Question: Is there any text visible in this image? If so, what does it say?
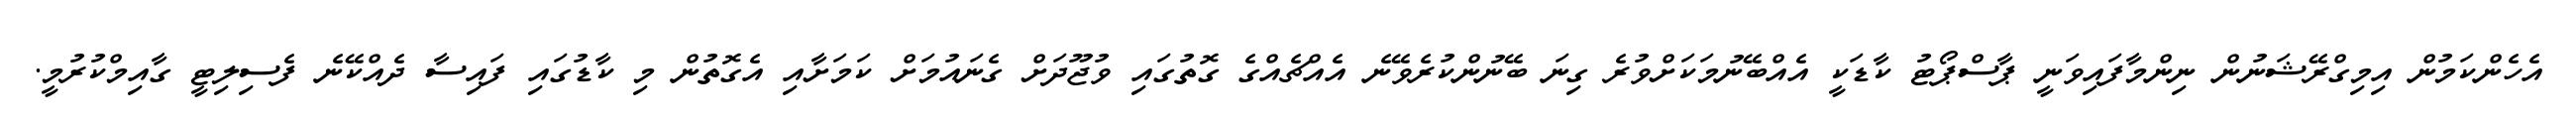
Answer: އެހެންކަމުން އިމިގްރޭޝަނުން ނިންމާފައިވަނީ ޕާސްޕޯޓު ކާޑަކީ އެއްބޭނުމަކަށްވުރެ ގިނަ ބޭނުންކުރެވޭނެ އެއްޗެއްގެ ގޮތުގައި ވުޖޫދަށް ގެނައުމަށް ކަމަށާއި އެގޮތުން މި ކާޑުގައި ފައިސާ ދެއްކޭނެ ފެސިލިޓީ ގާއިމްކުރުމީ.